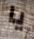
يا